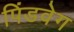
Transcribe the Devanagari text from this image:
पिंडवेग